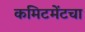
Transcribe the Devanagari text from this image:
कमिटमेंटचा